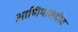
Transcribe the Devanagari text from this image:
आणिमालदीव